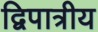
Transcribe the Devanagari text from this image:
द्विपात्रीय